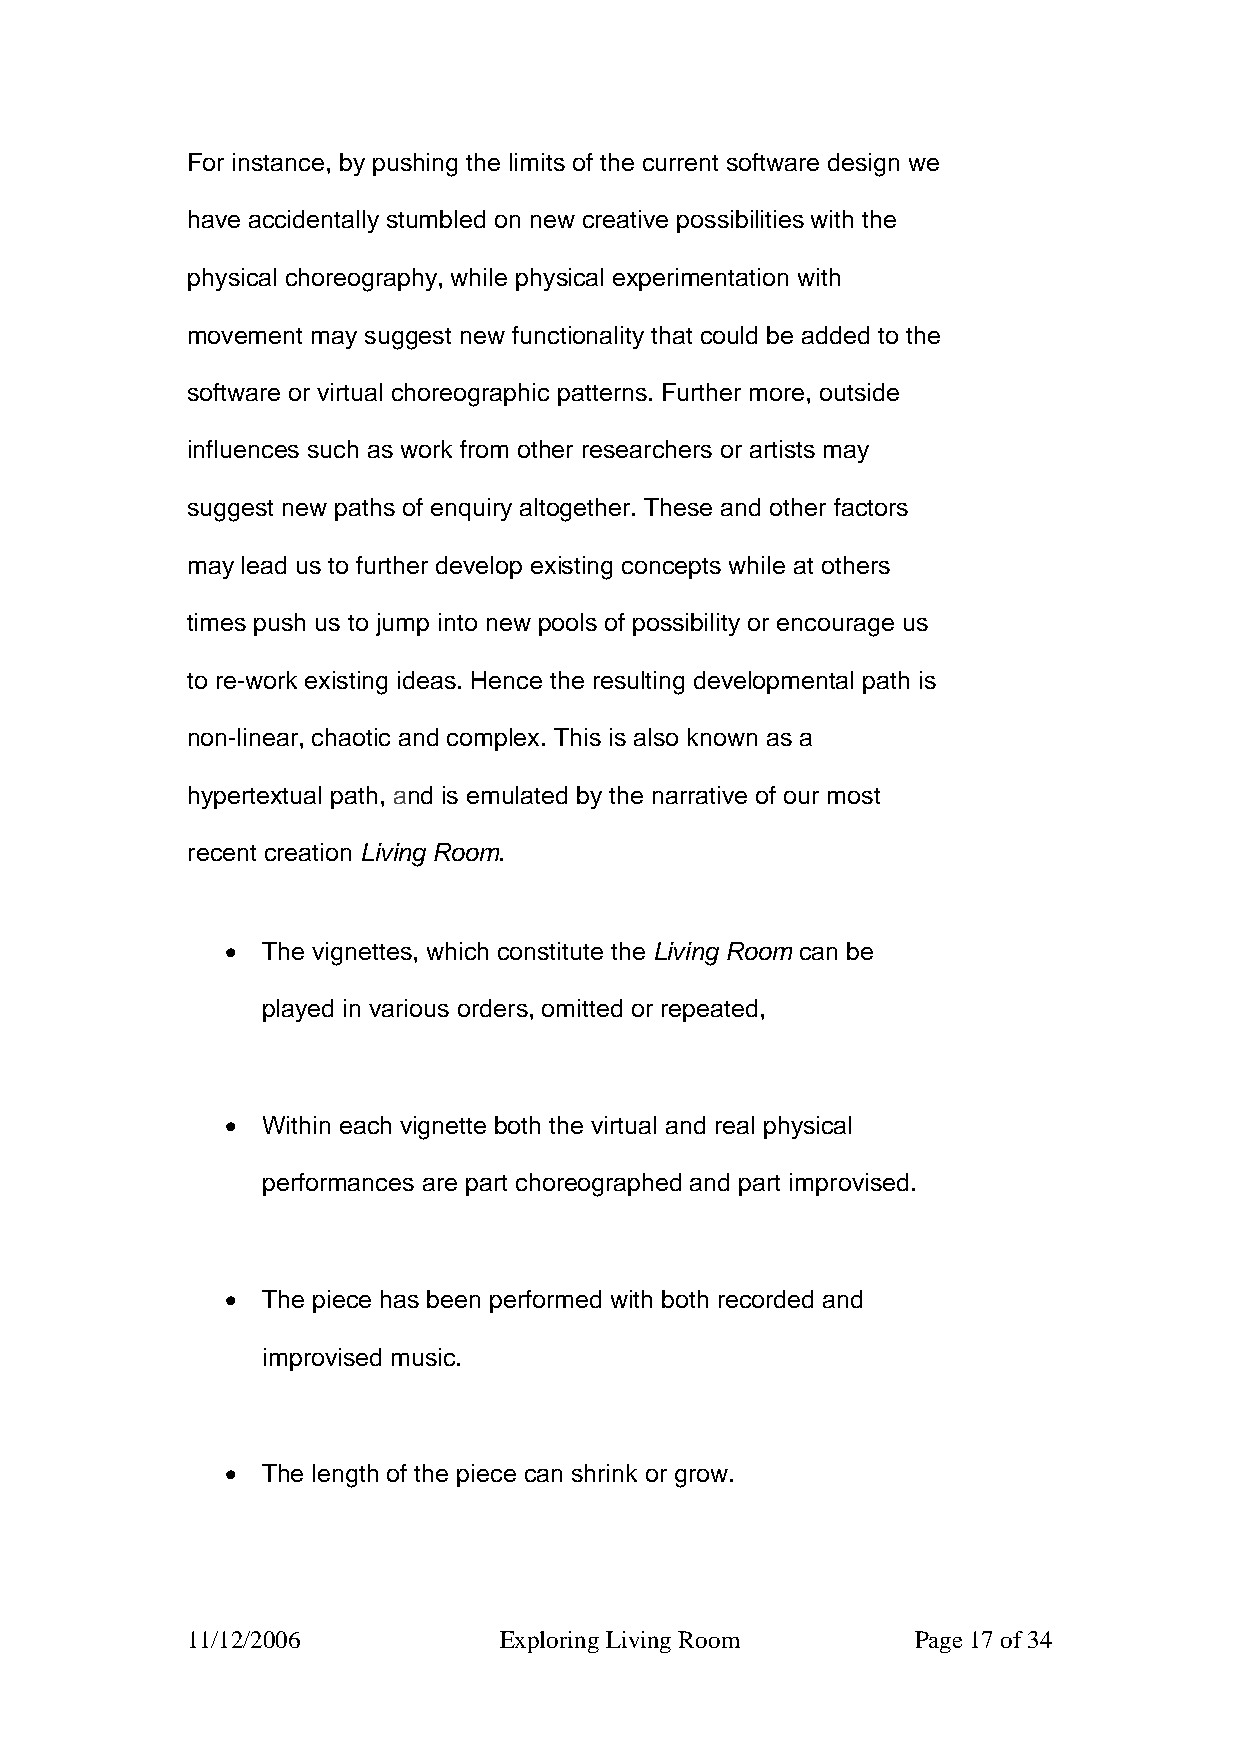
For instance, by pushing the limits of the current software design we
 have accidentally stumbled on new creative possibilities with the
 physical choreography, while physical experimentation with
 movement may suggest new functionality that could be added to the
 software or virtual choreographic patterns. Further more, outside
 influences such as work from other researchers or artists may
 suggest new paths of enquiry altogether. These and other factors
 may lead us to further develop existing concepts while at others
 times push us to jump into new pools of possibility or encourage us
 to re-work existing ideas. Hence the resulting developmental path is
 non-linear, chaotic and complex. This is also known as a
 hypertextual path, and is emulated by the narrative of our most
 recent creation Living Room.
 • The vignettes, which constitute the Living Room can be
 played in various orders, omitted or repeated,
 • Within each vignette both the virtual and real physical
 performances are part choreographed and part improvised.
 • The piece has been performed with both recorded and
 improvised music.
 • The length of the piece can shrink or grow.
 11/12/2006           Exploring Living Room       Page 17 of 34